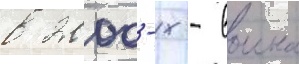
в 2000-х - воина